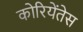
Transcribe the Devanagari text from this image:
कोरियेंतेस